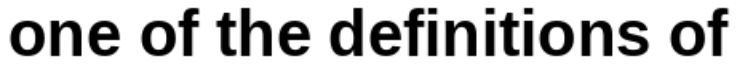
one of the definitions of